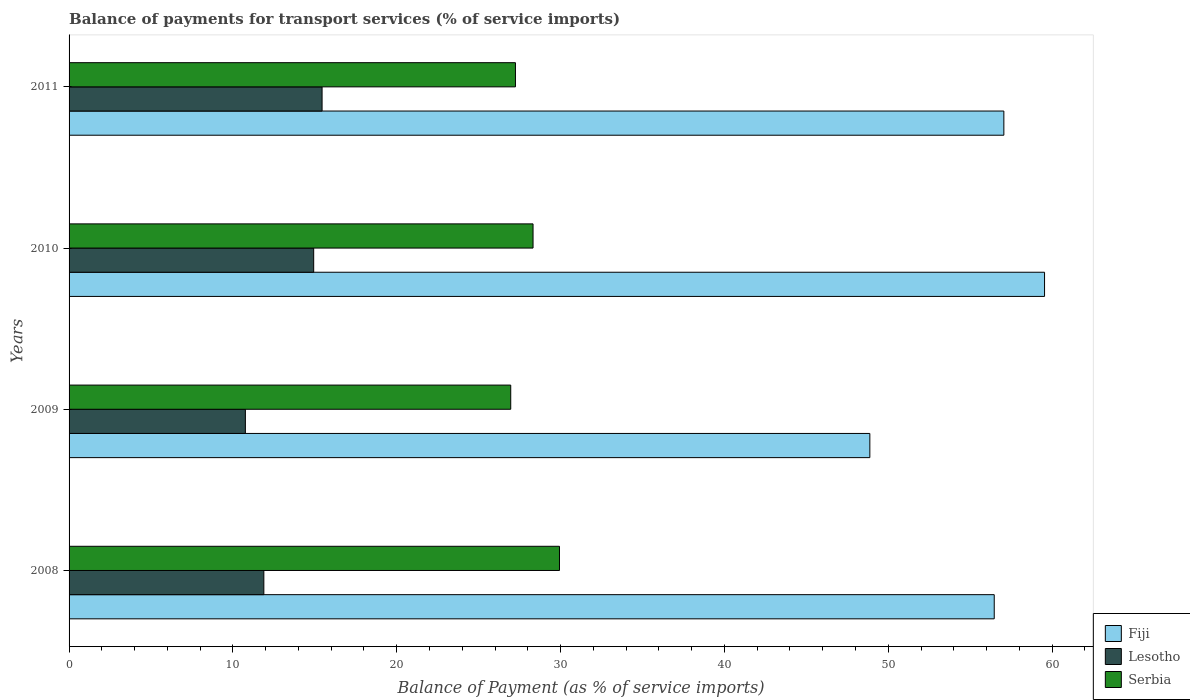
| Years | Fiji | Lesotho | Serbia |
 | --- | --- | --- | --- |
 | 2008 | 56.5 | 11.9 | 29.9 |
 | 2009 | 48.9 | 10.8 | 27 |
 | 2010 | 59.5 | 14.9 | 28.3 |
 | 2011 | 57.1 | 15.4 | 27.2 |